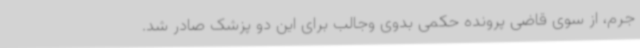
جرم، از سوی قاضی پرونده حکمی بدوی وجالب برای این دو پزشک صادر شد.